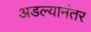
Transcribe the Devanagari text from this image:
अडल्यानंतर